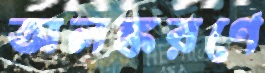
অলঙ্করণে